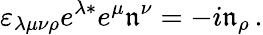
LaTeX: \varepsilon_{\lambda\mu\nu\rho}e^{\lambda\ast}e^{\mu}\mathfrak{n}^{\nu}=-i\mathfrak{n}_{\rho}\, .